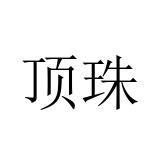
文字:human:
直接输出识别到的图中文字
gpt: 顶珠